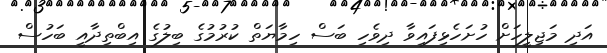
އަދި މަޖިލީހަށް ހުށަހެޅިފައިވާ ދިވެހި ބަސް ހިމާޔަތް ކުރުމުގެ ބިލުގެ އިބްތިދާއީ ބަހުސް